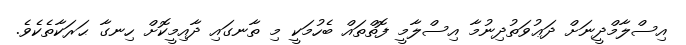
އިސްލާމްދީނަށް ދަޢުވަތުދިނުމާ އިސްލާމީ ފޮތްތައް ބެހުމަކީ މި ތާނގައި ދާއިމީކޮށް ހިނގާ ޙަރަކާތެކެވެ.